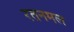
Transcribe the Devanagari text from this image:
रतनमल